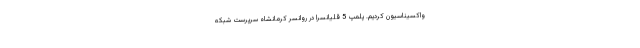
واکسیناسیون کردیم. پلمپ 5 قلیانسرا در روانسر کرمانشاه سرپرست شبکه